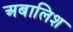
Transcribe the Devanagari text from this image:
अबालिश